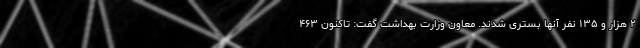
۲ هزار و ۱۳۵ نفر آنها بستری شدند. معاون وزارت بهداشت گفت: تاکنون ۴۶۳